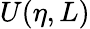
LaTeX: U(\eta,L)